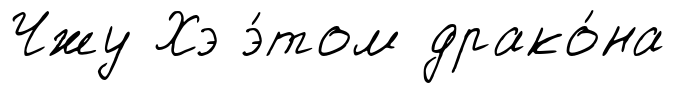
Чжу Хэ э́том драко́на